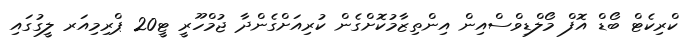
ކްރިކެޓް ބޯޑް އޮފް މޯލްޑިވްސްއިން އިންތިޒާމުކޮށްގެން ކުރިއަށްގެންދާ ޖުމްހޫރީ ޓީ20 ޕްރިމިއަރ ލީގުގައި